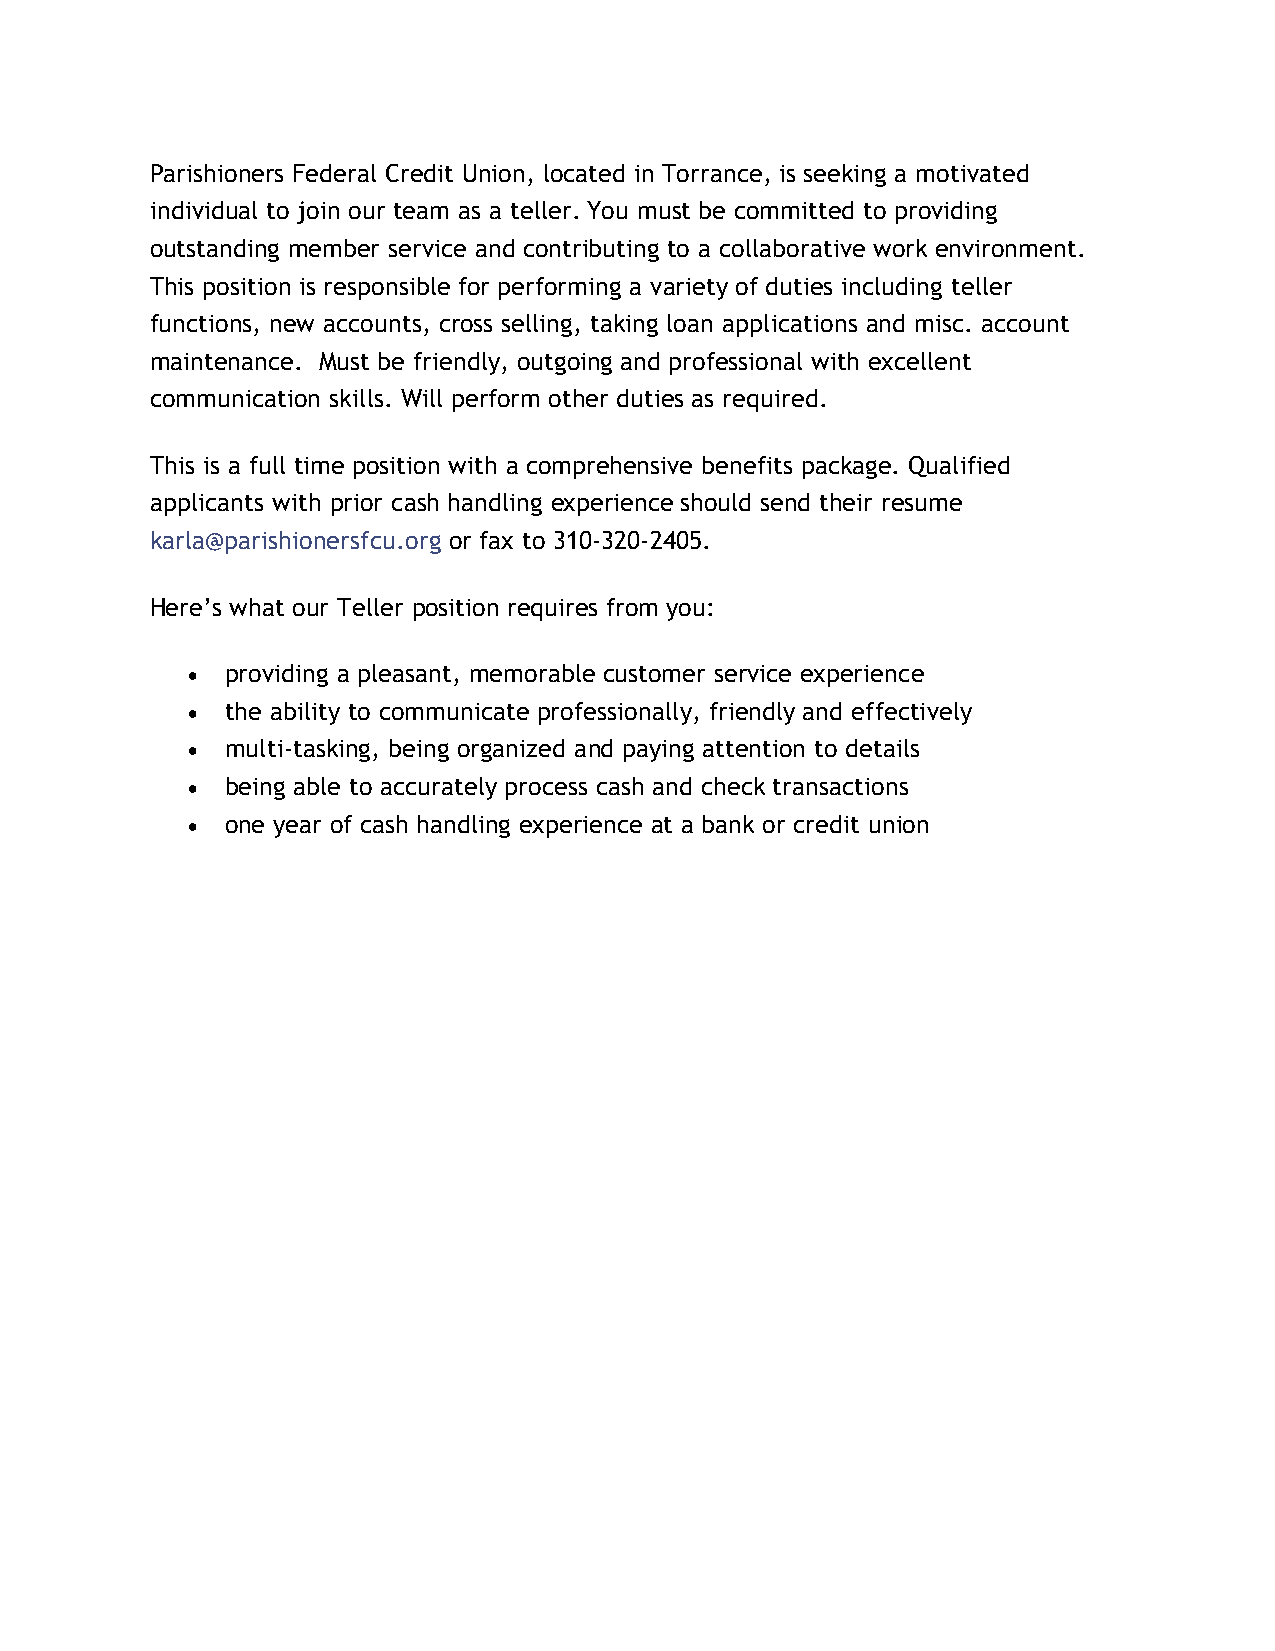
Parishioners Federal Credit Union, located in Torrance, is seeking a motivated
 individual to join our team as a teller. You must be committed to providing
 outstanding member service and contributing to a collaborative work environment.
 This position is responsible for performing a variety of duties including teller
 functions, new accounts, cross selling, taking loan applications and misc. account
 maintenance. Must be friendly, outgoing and professional with excellent
 communication skills. Will perform other duties as required.
 This is a full time position with a comprehensive benefits package. Qualified
 applicants with prior cash handling experience should send their resume
 karla@parishionersfcu.org or fax to 310-320-2405.
 Here’s what our Teller position requires from you:
 •  providing a pleasant, memorable customer service experience
 •  the ability to communicate professionally, friendly and effectively
 •  multi-tasking, being organized and paying attention to details
 •  being able to accurately process cash and check transactions
 •  one year of cash handling experience at a bank or credit union